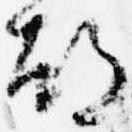
都